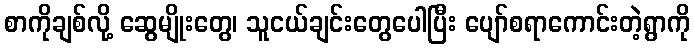
စာကိုချစ်လို့ ဆွေမျိုးတွေ၊ သူငယ်ချင်းတွေပေါပြီး ပျော်စရာကောင်းတဲ့ရွာကို